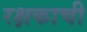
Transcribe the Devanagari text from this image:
रक्षकाची